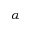
\alpha